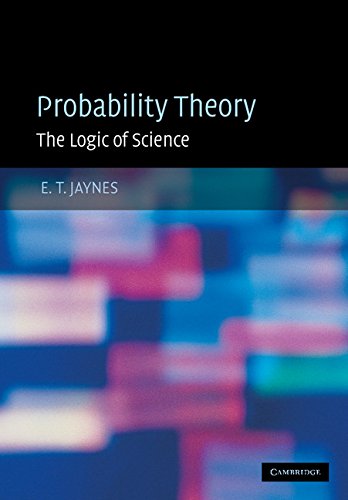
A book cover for Probability Theory: The Logic of Science; E. T. Jaynes; Science & Math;